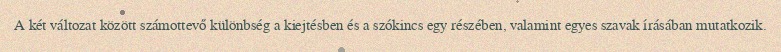
A két változat között számottevő különbség a kiejtésben és a szókincs egy részében, valamint egyes szavak írásában mutatkozik.